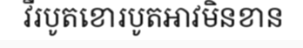
វីរបូតខោរបូតអាវមិនខាន